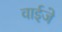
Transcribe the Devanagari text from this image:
वाईजे